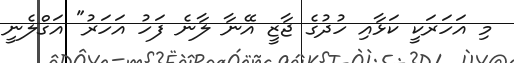
މި އަހަރަކީ ކަޅާއި ހުދުގެ ޖާޒީ އޭނާ ލާނެ ފަހު އަހަރު" އަގްލެނީ